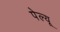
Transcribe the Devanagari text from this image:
पेल्यू